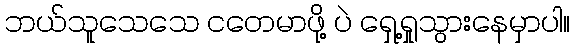
ဘယ်သူသေသေ ငတေမာဖို့ ပဲ ရှေ့ရှုသွားနေမှာပါ။